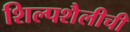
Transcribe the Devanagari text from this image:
शिल्पशैलीची